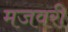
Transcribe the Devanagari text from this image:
मजवरी